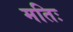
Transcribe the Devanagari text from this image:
मतिः